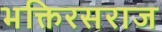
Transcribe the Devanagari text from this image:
भक्तिरसराज